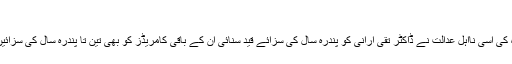
‘‘
لیکن رضا شاہ کی اسی نااہل عدالت نے ڈاکٹر تقی ارانی کو پندرہ سال کی سزائے قید سنائی ان کے باقی کامریڈز کو بھی تین تا پندرہ سال کی سزائیں سنائی گئیں ۔